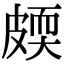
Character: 㿵